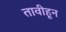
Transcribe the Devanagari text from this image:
तावीहून